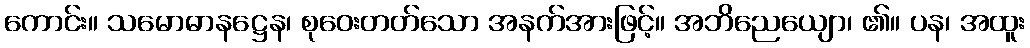
ကောင်း။ သမောဓာနဋ္ဌေန၊ စုဝေးတတ်သော အနက်အားဖြင့်။ အဘိညေယျော၊ ၏။ ပန၊ အထူး